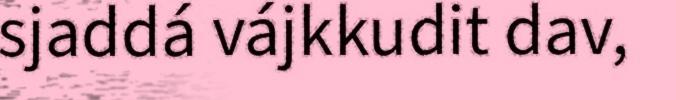
sjaddá vájkkudit dav,